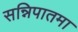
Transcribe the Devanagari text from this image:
सन्निपातमा